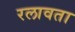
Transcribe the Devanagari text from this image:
रलावता